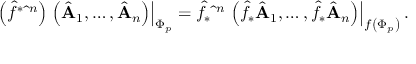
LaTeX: \left( \hat { f } ^ { * } \hat { \bf \omega } ^ { n } \right) \left. \left( \hat { \bf A } _ { 1 } , \ldots , \hat { \bf A } _ { n } \right) \right| _ { \Phi _ { p } } = \hat { f } _ { * } \hat { \bf \omega } ^ { n } \left. \left( \hat { f } _ { * } \hat { \bf A } _ { 1 } , \ldots , \hat { f } _ { * } \hat { \bf A } _ { n } \right) \right| _ { f \left( \Phi _ { p } \right) } .